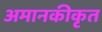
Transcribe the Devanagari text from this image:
अमानकीकृत